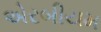
એરબીયમ